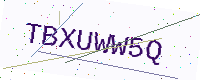
Text: TBXUWW5Q